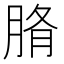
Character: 𦜂